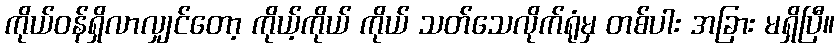
ကိုယ်ဝန်ရှိလာလျှင်တော့ ကိုယ့်ကိုယ် ကိုယ် သတ်သေလိုက်ရုံမှ တစ်ပါး အခြား မရှိပြီ။